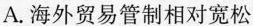
A.海外贸易管制相对宽松